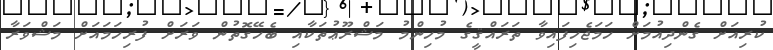
ކުރިއަށް ގެންދިއުމަށް ހަމަޖެހިފައިވާ ތަރައްޤީގެ މުހިންމު މަޝްރޫޢުތަކާއި ބެހޭގޮތުން ވަަރަށް ފުރިހަމައަށް މަޝްވަރާ